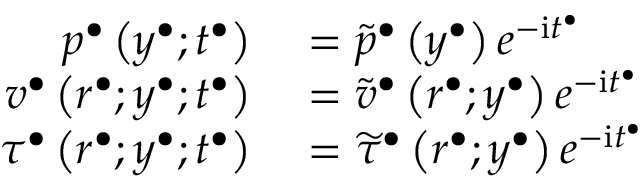
\begin{array} { r l } { p ^ { \bullet } \left( y ^ { \bullet } ; t ^ { \bullet } \right) } & { { } = \widetilde { p } ^ { \bullet } \left( y ^ { \bullet } \right) e ^ { - \mathrm { i } t ^ { \bullet } } } \\ { v ^ { \bullet } \left( r ^ { \bullet } ; y ^ { \bullet } ; t ^ { \bullet } \right) } & { { } = \widetilde { v } ^ { \bullet } \left( r ^ { \bullet } ; y ^ { \bullet } \right) e ^ { - \mathrm { i } t ^ { \bullet } } } \\ { \tau ^ { \bullet } \left( r ^ { \bullet } ; y ^ { \bullet } ; t ^ { \bullet } \right) } & { { } = \widetilde { \tau } ^ { \bullet } \left( r ^ { \bullet } ; y ^ { \bullet } \right) e ^ { - \mathrm { i } t ^ { \bullet } } } \end{array}